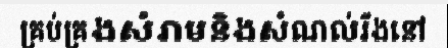
គ្រប់គ្រងសំរាមនិងសំណល់រឹងនៅ